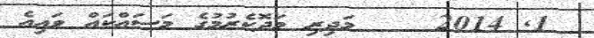
1